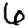
Digit: 6